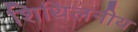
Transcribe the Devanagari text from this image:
शिथिलनीय